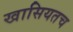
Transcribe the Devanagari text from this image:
खासियतच